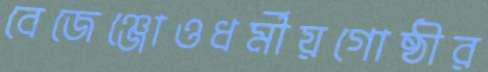
বেজেঞ্জোওধর্মীয়গোষ্ঠীর